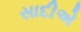
સાદીએ